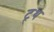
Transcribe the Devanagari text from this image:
ट्र्थ